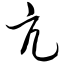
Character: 亢